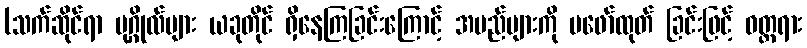
(သက်ဆိုင်ရာ ပုဂ္ဂိုလ်များ ယခုတိုင် ရှိနေကြခြင်းကြောင့် အမည်များကို မဖော်ထုတ် ခြင်းဖြင့် ဝတ္တရား